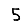
Digit: 5